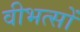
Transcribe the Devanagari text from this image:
वीभत्सों